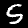
Label: 5